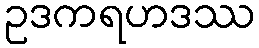
ဥဒကရဟဒဿ